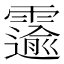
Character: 𫕲